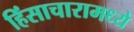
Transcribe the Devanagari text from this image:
हिंसाचारामध्ये